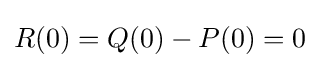
R(0)=Q(0)-P(0)=0